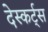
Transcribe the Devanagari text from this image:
देस्कर्ट्स